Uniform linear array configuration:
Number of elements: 24
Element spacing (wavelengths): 0.75
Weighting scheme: binomial
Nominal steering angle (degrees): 0
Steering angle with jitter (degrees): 0.4056
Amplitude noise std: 0.05
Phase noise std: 0.05

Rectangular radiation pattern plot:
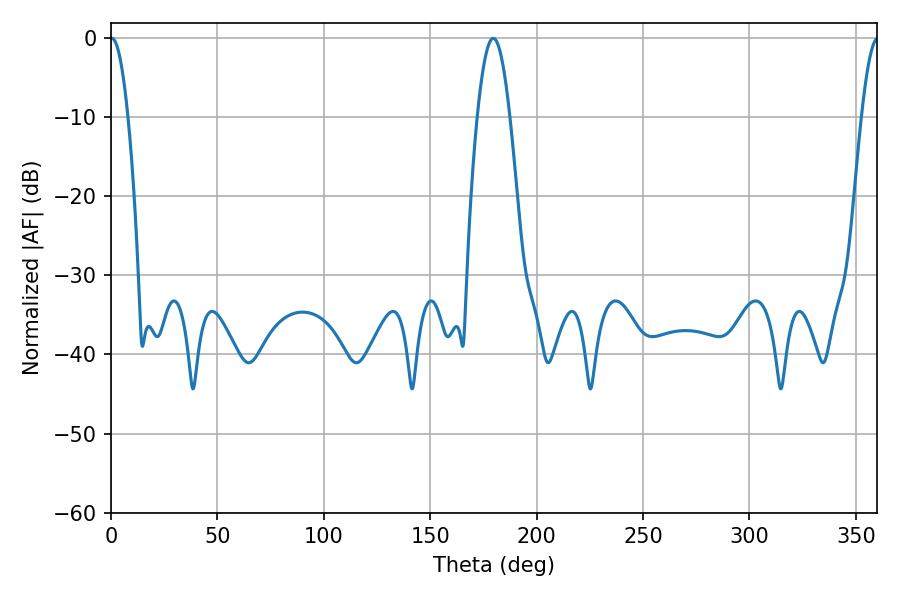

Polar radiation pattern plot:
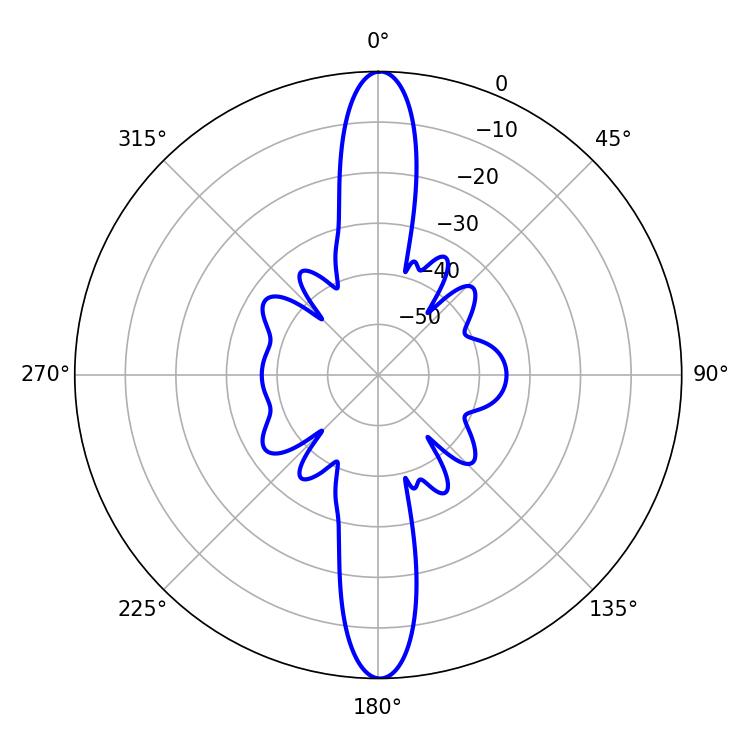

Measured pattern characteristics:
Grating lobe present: TRUE
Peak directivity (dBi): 31.236
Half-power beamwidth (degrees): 4.5
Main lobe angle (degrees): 0.36